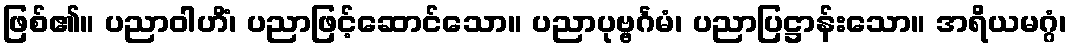
ဖြစ်၏။ ပညာဝါဟိံ၊ ပညာဖြင့်ဆောင်သော။ ပညာပုဗ္ဗင်္ဂမံ၊ ပညာပြဋ္ဌာန်းသော။ အရိယမဂ္ဂံ၊